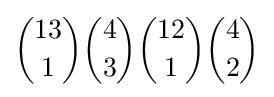
{13 \choose 1}{4 \choose 3}{12 \choose 1}{4 \choose 2}